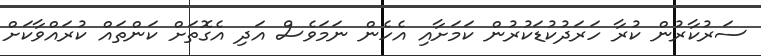
ސަރުކާރުން ކުރާ ހަރަދުކުޑަކުރުން ކަމަށާއި އެހެން ނަމަވެސް އަދި އެގޮތަށް ކަންތައް ކުރައްވާކަށް